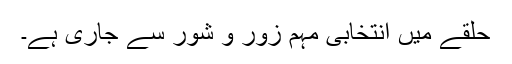
حلقے میں انتخابی مہم زور و شور سے جاری ہے۔